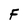
Character: F